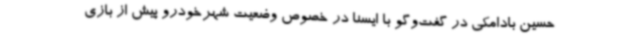
حسین بادامکی در گفت‌وگو با ایسنا در خصوص وضعیت شهرخودرو پیش از بازی